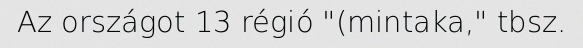
Az országot 13 régió "(mintaka," tbsz.